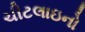
ચીટલાઇનો